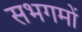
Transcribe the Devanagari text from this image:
सभगमों